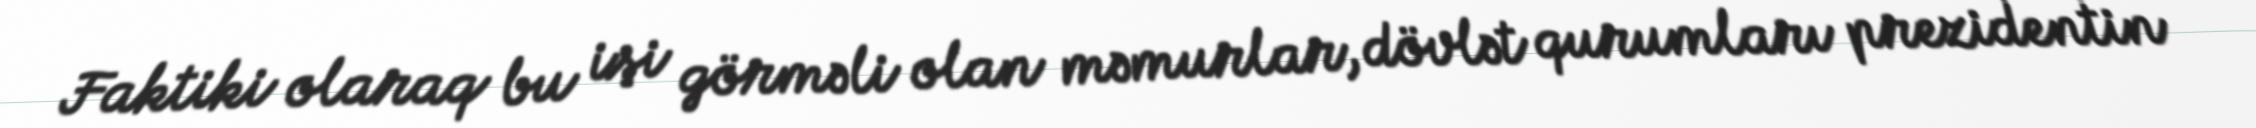
Faktiki olaraq bu işi görməli olan məmurlar, dövlət qurumları prezidentin